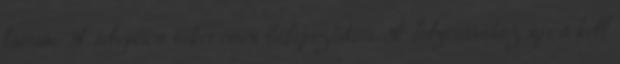
láttam: A telepítés sikeresen befejeződött. A folytatáshoz újra kell